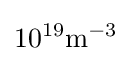
10^{19}{\text{m}}^{-3}